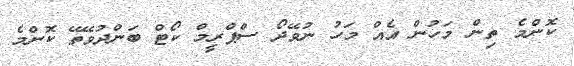
ކޮންމެ ތިން މަހުން އެއް މަހު ނުވޭދޯ ސްޕްރީމް ކޯޓް ބަންދުވޭތޭ ކޮންމެ